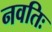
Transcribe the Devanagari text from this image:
नवतिः